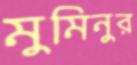
মুমিনুর